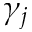
\gamma _ { j }